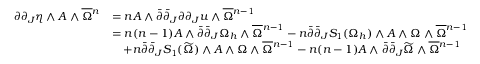
\begin{array} { r l } { \partial \partial _ { J } \eta \wedge A \wedge \overline { { \Omega } } { \mathstrut } ^ { n } } & { = n A \wedge \bar { \partial } \bar { \partial } _ { J } \partial \partial _ { J } u \wedge \overline { { \Omega } } { \mathstrut } ^ { n - 1 } } \\ & { = n ( n - 1 ) A \wedge \bar { \partial } \bar { \partial } _ { J } \Omega _ { h } \wedge \overline { { \Omega } } { \mathstrut } ^ { n - 1 } - n \bar { \partial } \bar { \partial } _ { J } S _ { 1 } ( \Omega _ { h } ) \wedge A \wedge \Omega \wedge \overline { { \Omega } } { \mathstrut } ^ { n - 1 } } \\ & { \quad + n \bar { \partial } \bar { \partial } _ { J } S _ { 1 } ( \widetilde { \Omega } ) \wedge A \wedge \Omega \wedge \overline { { \Omega } } { \mathstrut } ^ { n - 1 } - n ( n - 1 ) A \wedge \bar { \partial } \bar { \partial } _ { J } \widetilde { \Omega } \wedge \overline { { \Omega } } { \mathstrut } ^ { n - 1 } } \end{array}